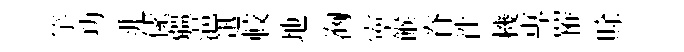
竽功兆傃疆浥迅較地洶寕餱脊徃機專罹賖